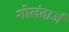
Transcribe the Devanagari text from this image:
गोलंदार्ज